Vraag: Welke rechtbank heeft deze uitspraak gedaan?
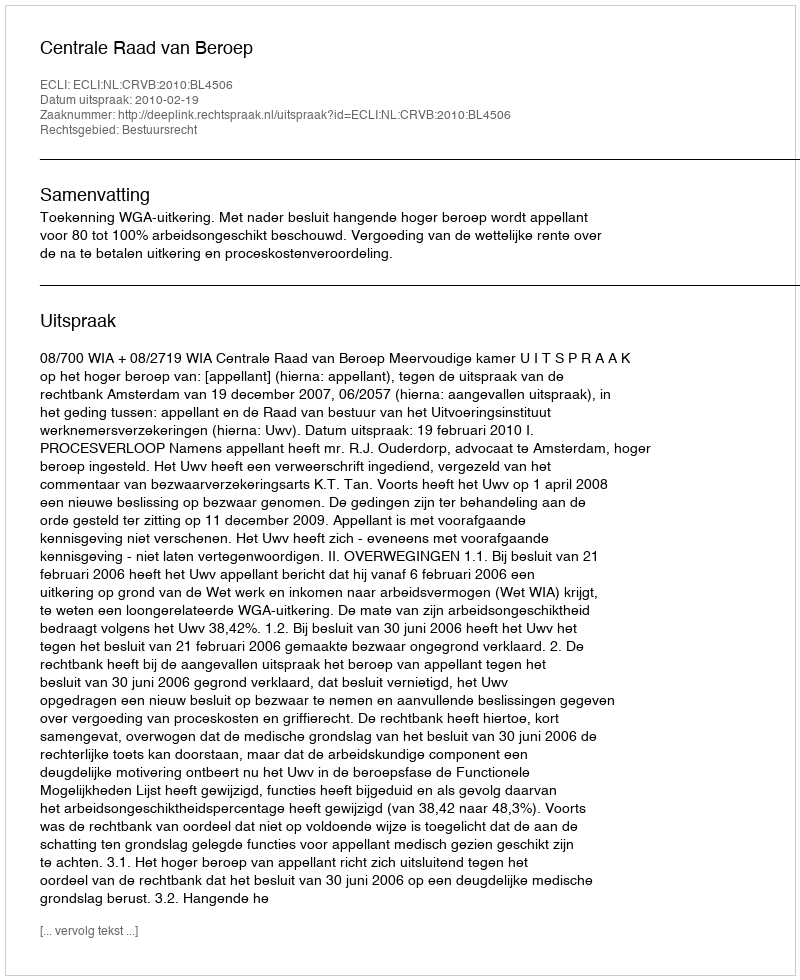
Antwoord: Centrale Raad van Beroep